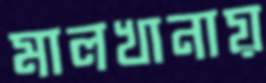
মালখানায়